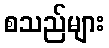
စသည်များ